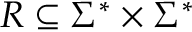
R \subseteq \Sigma ^ { * } \times \Sigma ^ { * }